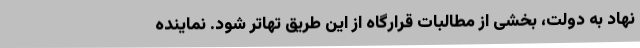
نهاد به دولت، بخشی از مطالبات قرارگاه از این طریق تهاتر شود. نماینده